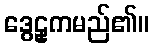
ဒွေဠှကမည်၏။